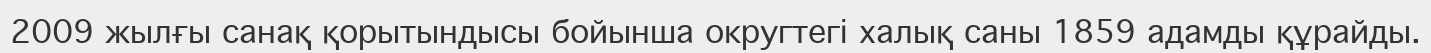
2009 жылғы санақ қорытындысы бойынша округтегі халық саны 1859 адамды құрайды.